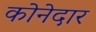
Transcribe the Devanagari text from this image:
कोनेदार